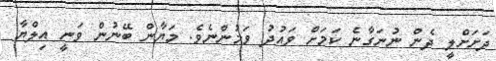
ދަށަށްލީ ދެން ނުނަގާނެ ކަމަށް ވައުދު ވަމުންނެވެ. މަޔާން ބޭނުން ވަނީ އިލްޔާ